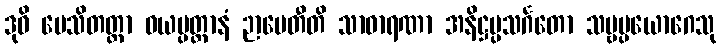
ဒုဝိ ပေသိတတ္တာ ဝယပ္ပတ္တာနံ ဉာပေတီတိ သာဓာရဏာ အနိဋ္ဌပ္ပသင်္ဂတော သဗ္ဗပ္ပယောဂေသု